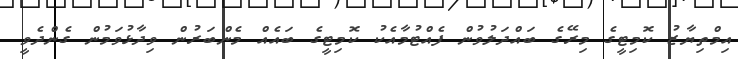
އިމްތިޔާޒު ކޮމިޓީގެ މިރޭގެ ބައްދަލުވުން ފެއްޓުމާއެކު ކޮމިޓީގެ ބައެއް މެންބަރުން ވިދާޅުވަމުން ގެންދެވީ